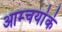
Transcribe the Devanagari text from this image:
आम्चयांकं